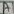
Text: A1